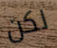
لكن